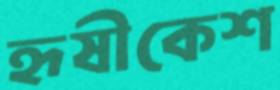
হৃষীকেশ